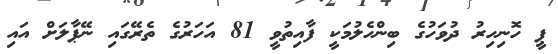
ޕީ ހޮނިހިރު ދުވަހުގެ ބިންހެލުމަކީ ފާއިތުވީ 81 އަހަރުގެ ތެރޭގައި ނޭޕާލަށް އައި